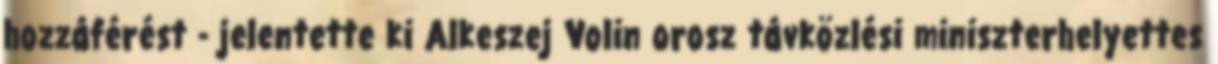
hozzáférést - jelentette ki Alkeszej Volin orosz távközlési miniszterhelyettes